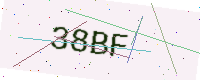
Text: 38BF